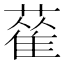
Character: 𦻃